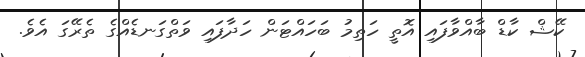
ކޭޝް ކާޑް ބާއްވާފައި އޮތީ ހަތިމު ބަހައްޓަން ހަދާފައި ވަތްގަނޑެއްގެ ތެރޭގަ އެވެ.